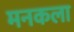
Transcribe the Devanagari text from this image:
मनकला